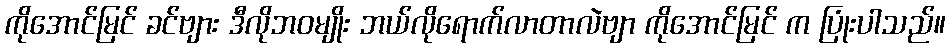
ကိုအောင်မြင် ခင်ဗျား ဒီလိုဘဝမျိုး ဘယ်လိုရောက်လာတာလဲဗျာ ကိုအောင်မြင် က ပြုံးပါသည်။